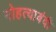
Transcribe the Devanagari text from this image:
गोहत्याबंदी